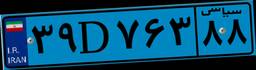
۳۳D۳۱۴۵۲